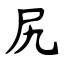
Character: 尻